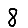
Digit: 8